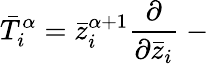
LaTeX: \bar{T}_{i}^{\alpha}=\bar{z}_{i}^{\alpha+1}{\frac{\partial}{\partial\bar{z}_{i}}}~-